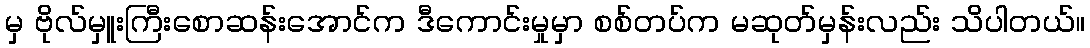
မှ ဗိုလ်မှူးကြီးစောဆန်းအောင်က ဒီကောင်းမှုမှာ စစ်တပ်က မဆုတ်မှန်းလည်း သိပါတယ်။